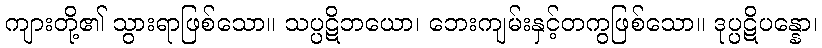
ကျားတို့၏ သွားရာဖြစ်သော။ သပ္ပဋိဘယော၊ ဘေးကျမ်းနှင့်တကွဖြစ်သော။ ဒုပ္ပဋိပန္နော၊